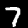
Digit: 7